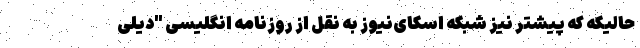
حالیکه که پیشتر نیز شبکه اسکای‌نیوز به نقل از روزنامه انگلیسی "دیلی